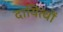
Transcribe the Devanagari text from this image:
दायित्‍वों